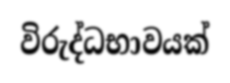
විරුද්ධභාවයක්